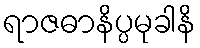
ရာဇဓာနိပ္ပမုခါနိ